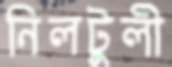
নিলটুলী